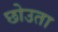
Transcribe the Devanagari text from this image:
छोउता